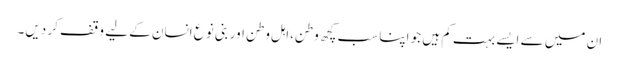
ان میں سے ایسے بہت کم ہیں جو اپنا سب کچھ وطن،اہل وطن اور بنی نوع انسان کے لیے وقف کر دیں۔